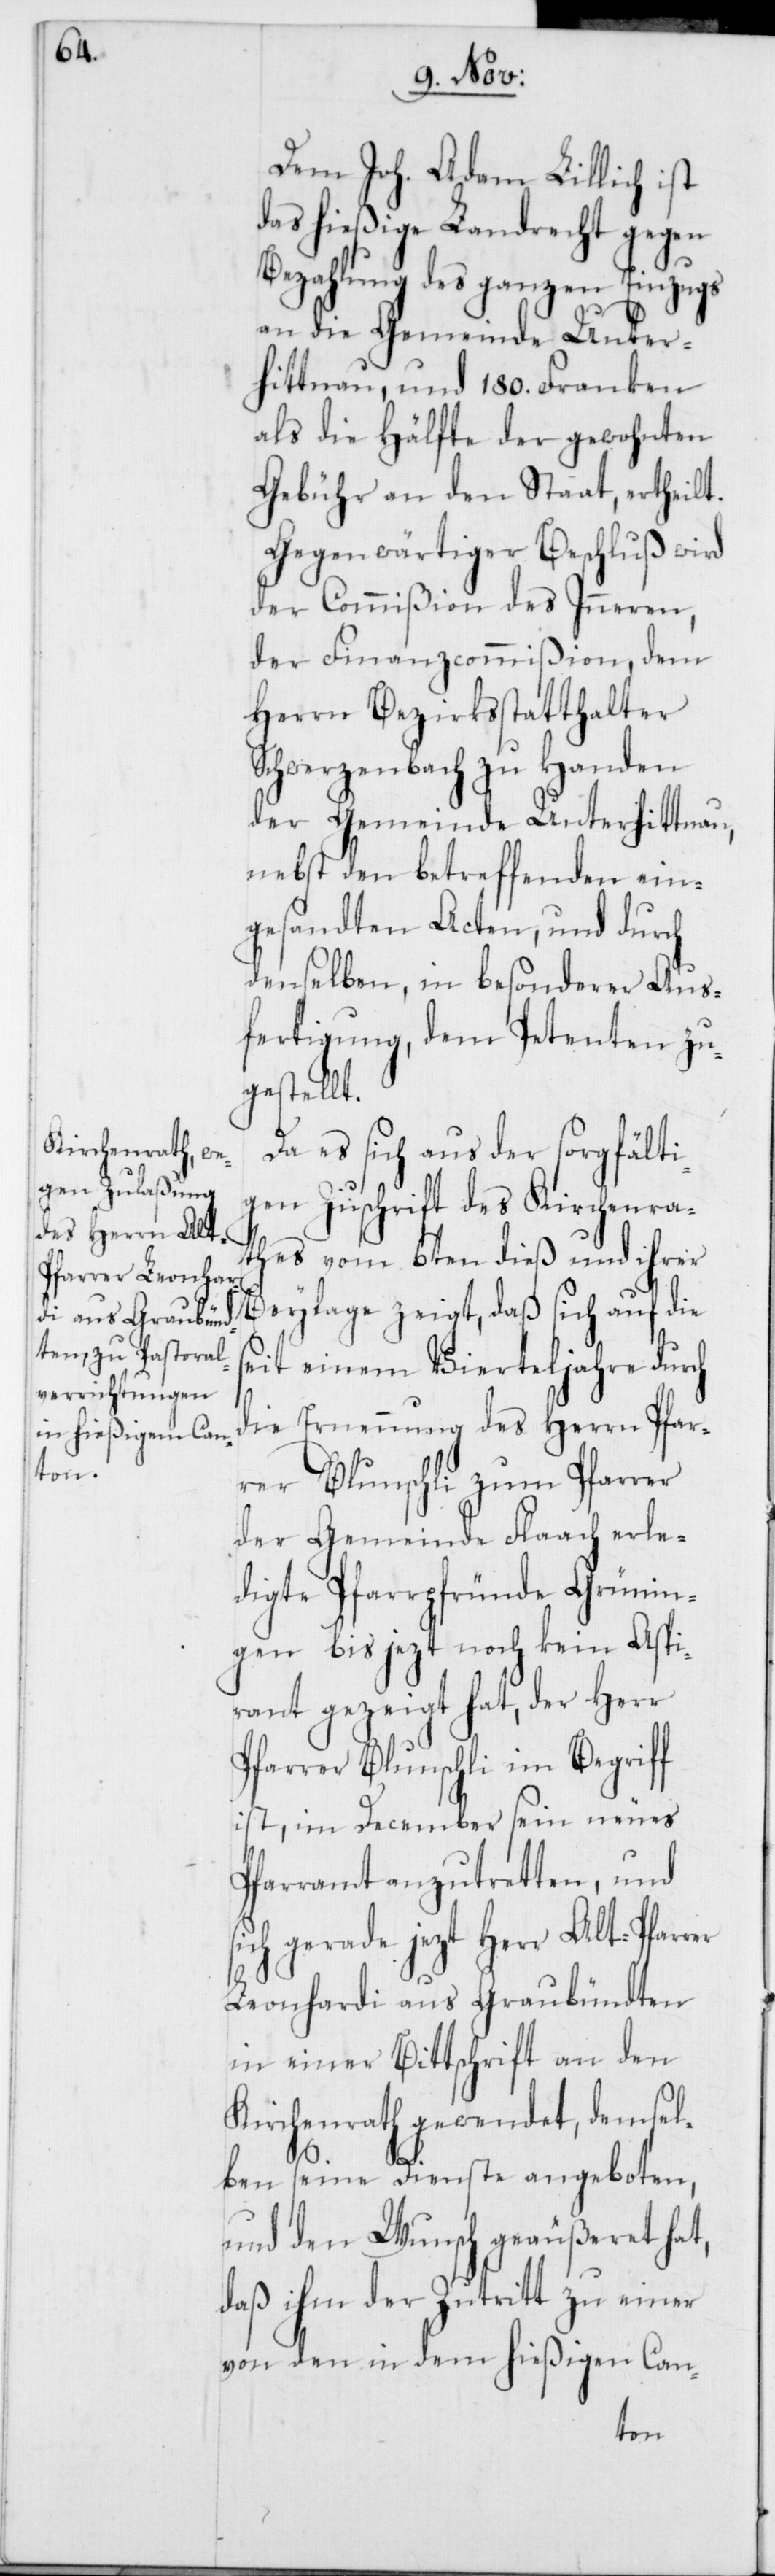
Dem Joh. Adam Lillich ist
das hießige Landrecht gegen
Bezahlung des ganzen Einzugs
an die Gemeinde Unter¬
hittnau, und 180. Franken
als die Hälfte der gewohnten
Gebühr an den Staat, ertheilt.
Gegenwärtiger Beschluß wird
der Commißion des Inneren,
der Finanzcommißion, dem
Herrn Bezirksstatthalter
Schwerzenbach zu Handen
der Gemeinde Unterhittnau,
nebst den betreffenden ein¬
gesandten Acten, und durch
denselben, in besonderer Aus¬
fertigung dem Petenten zu¬
gestellt.
Da es sich aus der sorgfälti¬
gen Zuschrift des Kirchenra¬
thes vom 6ten dieß und ihrer
Beylage zeigt, daß sich auf die
seit einem Vierteljahre durch
die Ernennung des Herrn Pfarr¬
er Blunschli zum Pfarrer
der Gemeinde Flaach erle¬
digte Pfarrpfründe Grüni¬
gen bis jezt noch kein Aspi¬
rant gezeigt hat, der Herr
Pfarrer Blunschli im Begriff
ist, im December sein neues
Pfarramt anzutretten, und
sich gerade jezt Herr Alt-Pfarrer
Leonhardi aus Graubündten
in einer Bittschrift an den
Kirchenrath gewendet, demsel¬
ben seine Dienste angeboten,
und den Wunsch geäußeret hat,
daß ihm der Zutritt zu einer
von den in dem hießigen Can-